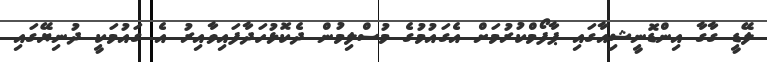
ލޭޑީ ގާގާ އިންޑޮނީޝިއާގައި ޕާފޯމްކުރުމަށް އެގައުމުގެ މުސްލިމުން ދެކޮޅުހަދާފައިވާއިރު އެ ގައުމަކީ ދުނިޔޭގައި